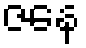
ဇနေ